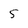
Character: 5